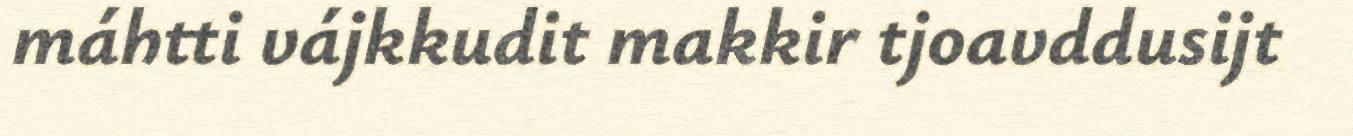
máhtti vájkkudit makkir tjoavddusijt